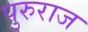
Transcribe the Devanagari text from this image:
पुरुराज